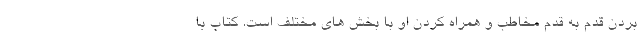
بردن قدم به قدم مخاطب و همراه کردن او با بخش های مختلف است. کتاب با